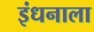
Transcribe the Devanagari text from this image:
इंधनाला